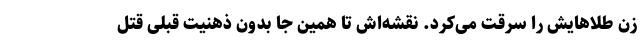
زن طلاهایش را سرقت می‌کرد. نقشه‌اش تا همین جا بدون ذهنیت قبلی قتل